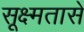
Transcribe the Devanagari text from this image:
सूक्ष्मतासे